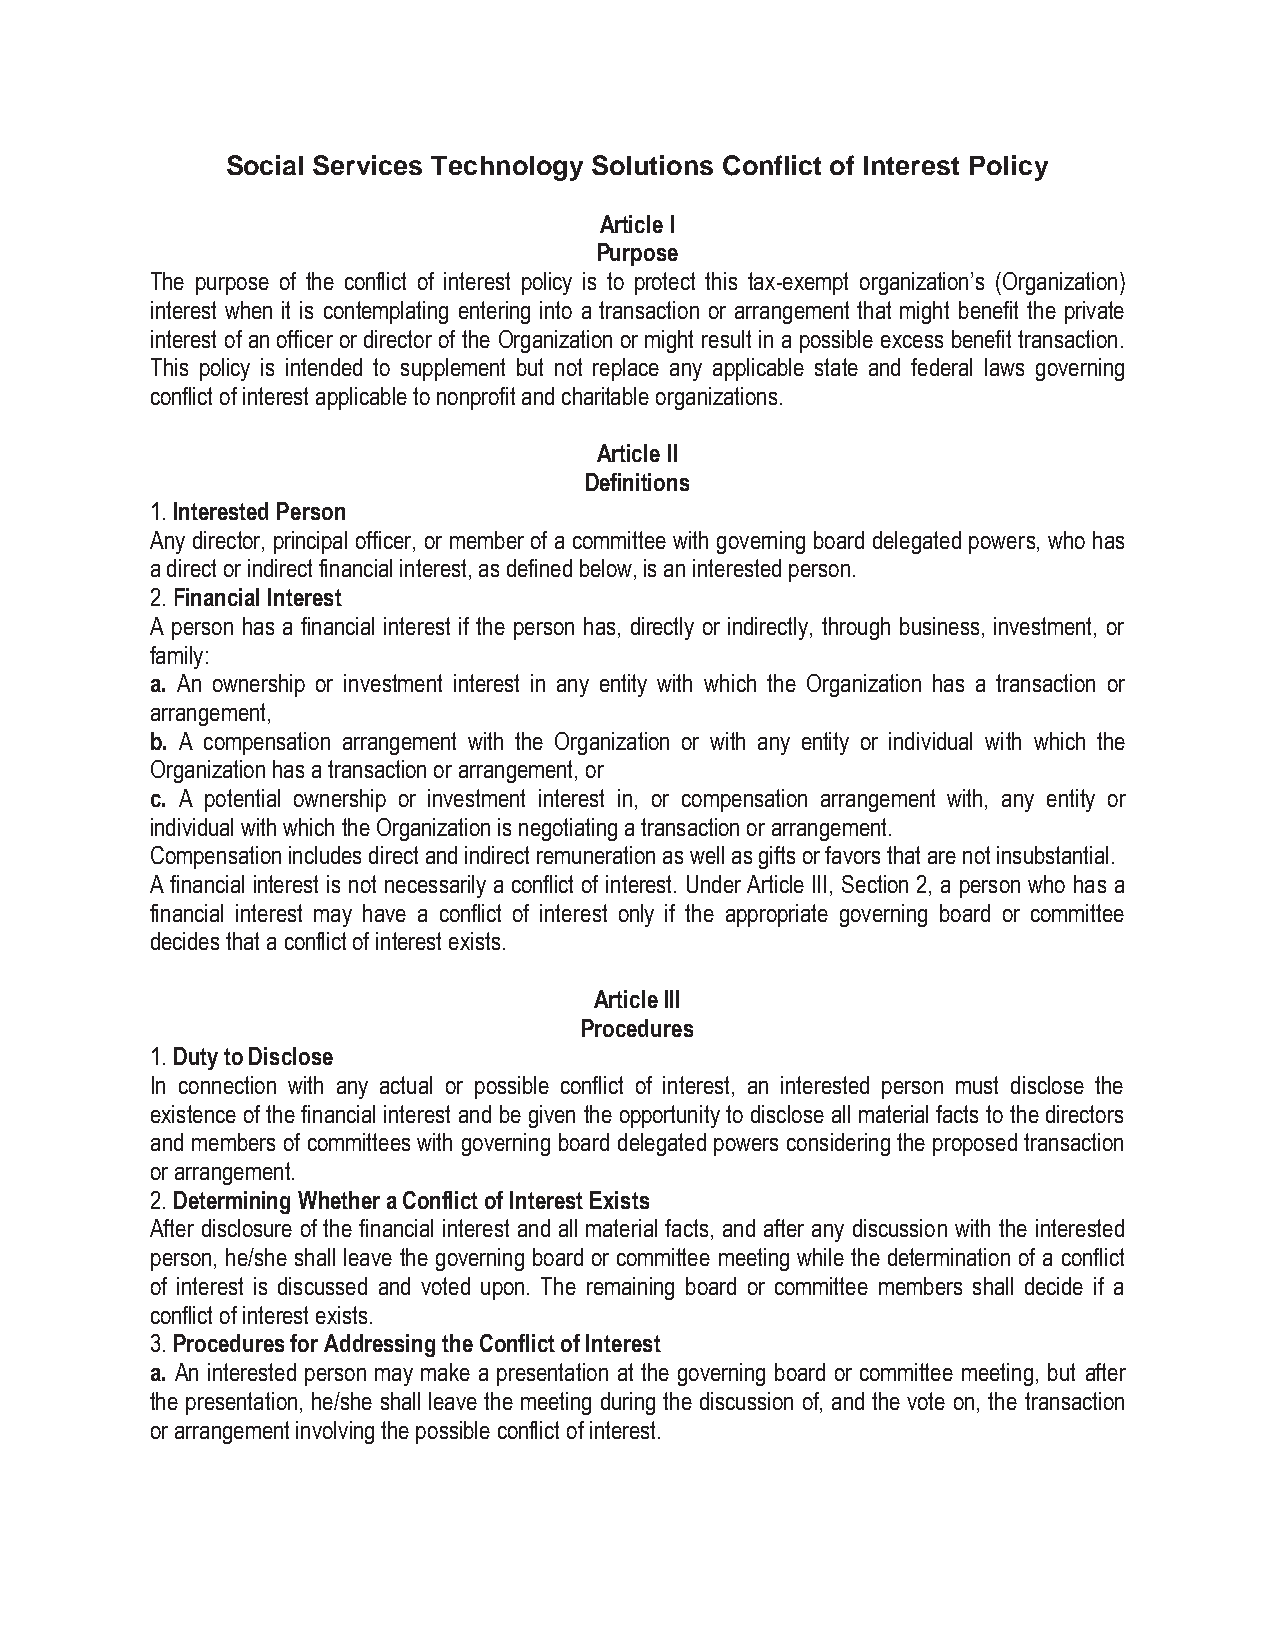
Social Services Technology Solutions Conflict of Interest Policy
 Article I
 Purpose
 The purpose of the conflict of interest policy is to protect this tax-exempt organization’s (Organization)
 interest when it is contemplating entering into a transaction or arrangement that might benefit the private
 interest of an officer or director of the Organization or might result in a possible excess benefit transaction.
 This policy is intended to supplement but not replace any applicable state and federal laws governing
 conflict of interest applicable to nonprofit and charitable organizations.
 Article II
 Definitions
 1. Interested Person
 Any director, principal officer, or member of a committee with governing board delegated powers, who has
 a direct or indirect financial interest, as defined below, is an interested person.
 2. Financial Interest
 A person has a financial interest if the person has, directly or indirectly, through business, investment, or
 family:
 a. An ownership or investment interest in any entity with which the Organization has a transaction or
 arrangement,
 b. A compensation arrangement with the Organization or with any entity or individual with which the
 Organization has a transaction or arrangement, or
 c. A potential ownership or investment interest in, or compensation arrangement with, any entity or
 individual with which the Organization is negotiating a transaction or arrangement.
 Compensation includes direct and indirect remuneration as well as gifts or favors that are not insubstantial.
 A financial interest is not necessarily a conflict of interest. Under Article III, Section 2, a person who has a
 financial interest may have a conflict of interest only if the appropriate governing board or committee
 decides that a conflict of interest exists.
 Article III
 Procedures
 1. Duty to Disclose
 In connection with any actual or possible conflict of interest, an interested person must disclose the
 existence of the financial interest and be given the opportunity to disclose all material facts to the directors
 and members of committees with governing board delegated powers considering the proposed transaction
 or arrangement.
 2. Determining Whether a Conflict of Interest Exists
 After disclosure of the financial interest and all material facts, and after any discussion with the interested
 person, he/she shall leave the governing board or committee meeting while the determination of a conflict
 of interest is discussed and voted upon. The remaining board or committee members shall decide if a
 conflict of interest exists.
 3. Procedures for Addressing the Conflict of Interest
 a. An interested person may make a presentation at the governing board or committee meeting, but after
 the presentation, he/she shall leave the meeting during the discussion of, and the vote on, the transaction
 or arrangement involving the possible conflict of interest.